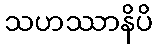
သဟဿာနိပိ